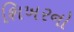
શિખરનો